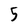
Character: 5